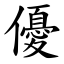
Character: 優